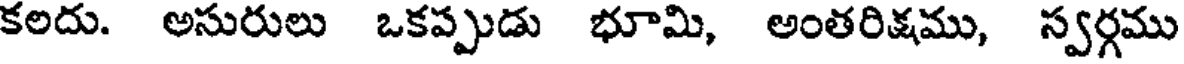
కలదు. అసురులు ఒకప్పుడు భూమి, అంతరిక్షము, స్వర్గము